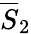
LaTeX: \overline{{S}}_{2}